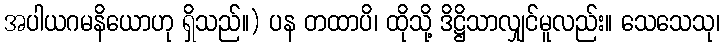
အပါယဂမနိယောဟု ရှိသည်။) ပန တထာပိ၊ ထိုသို့ ဒိဋ္ဌိသာလျှင်မူလည်း။ သေသေသု၊